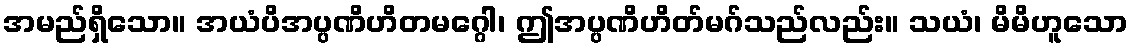
အမည်ရှိသော။ အယံပိအပ္ပဏိဟိတမဂ္ဂေါ၊ ဤအပ္ပဏိဟိတ်မဂ်သည်လည်း။ သယံ၊ မိမိဟူသော